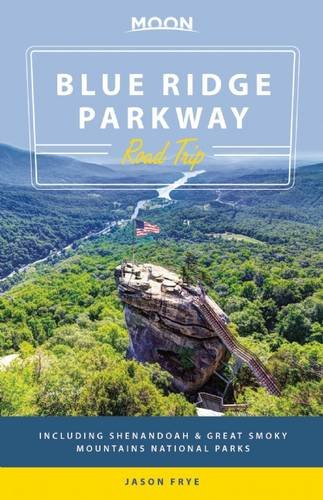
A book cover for Moon Blue Ridge Parkway Road Trip: Including Shenandoah & Great Smoky Mountains National Parks (Moon Handbooks); Jason Frye; Travel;